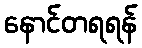
နောင်တရရန်